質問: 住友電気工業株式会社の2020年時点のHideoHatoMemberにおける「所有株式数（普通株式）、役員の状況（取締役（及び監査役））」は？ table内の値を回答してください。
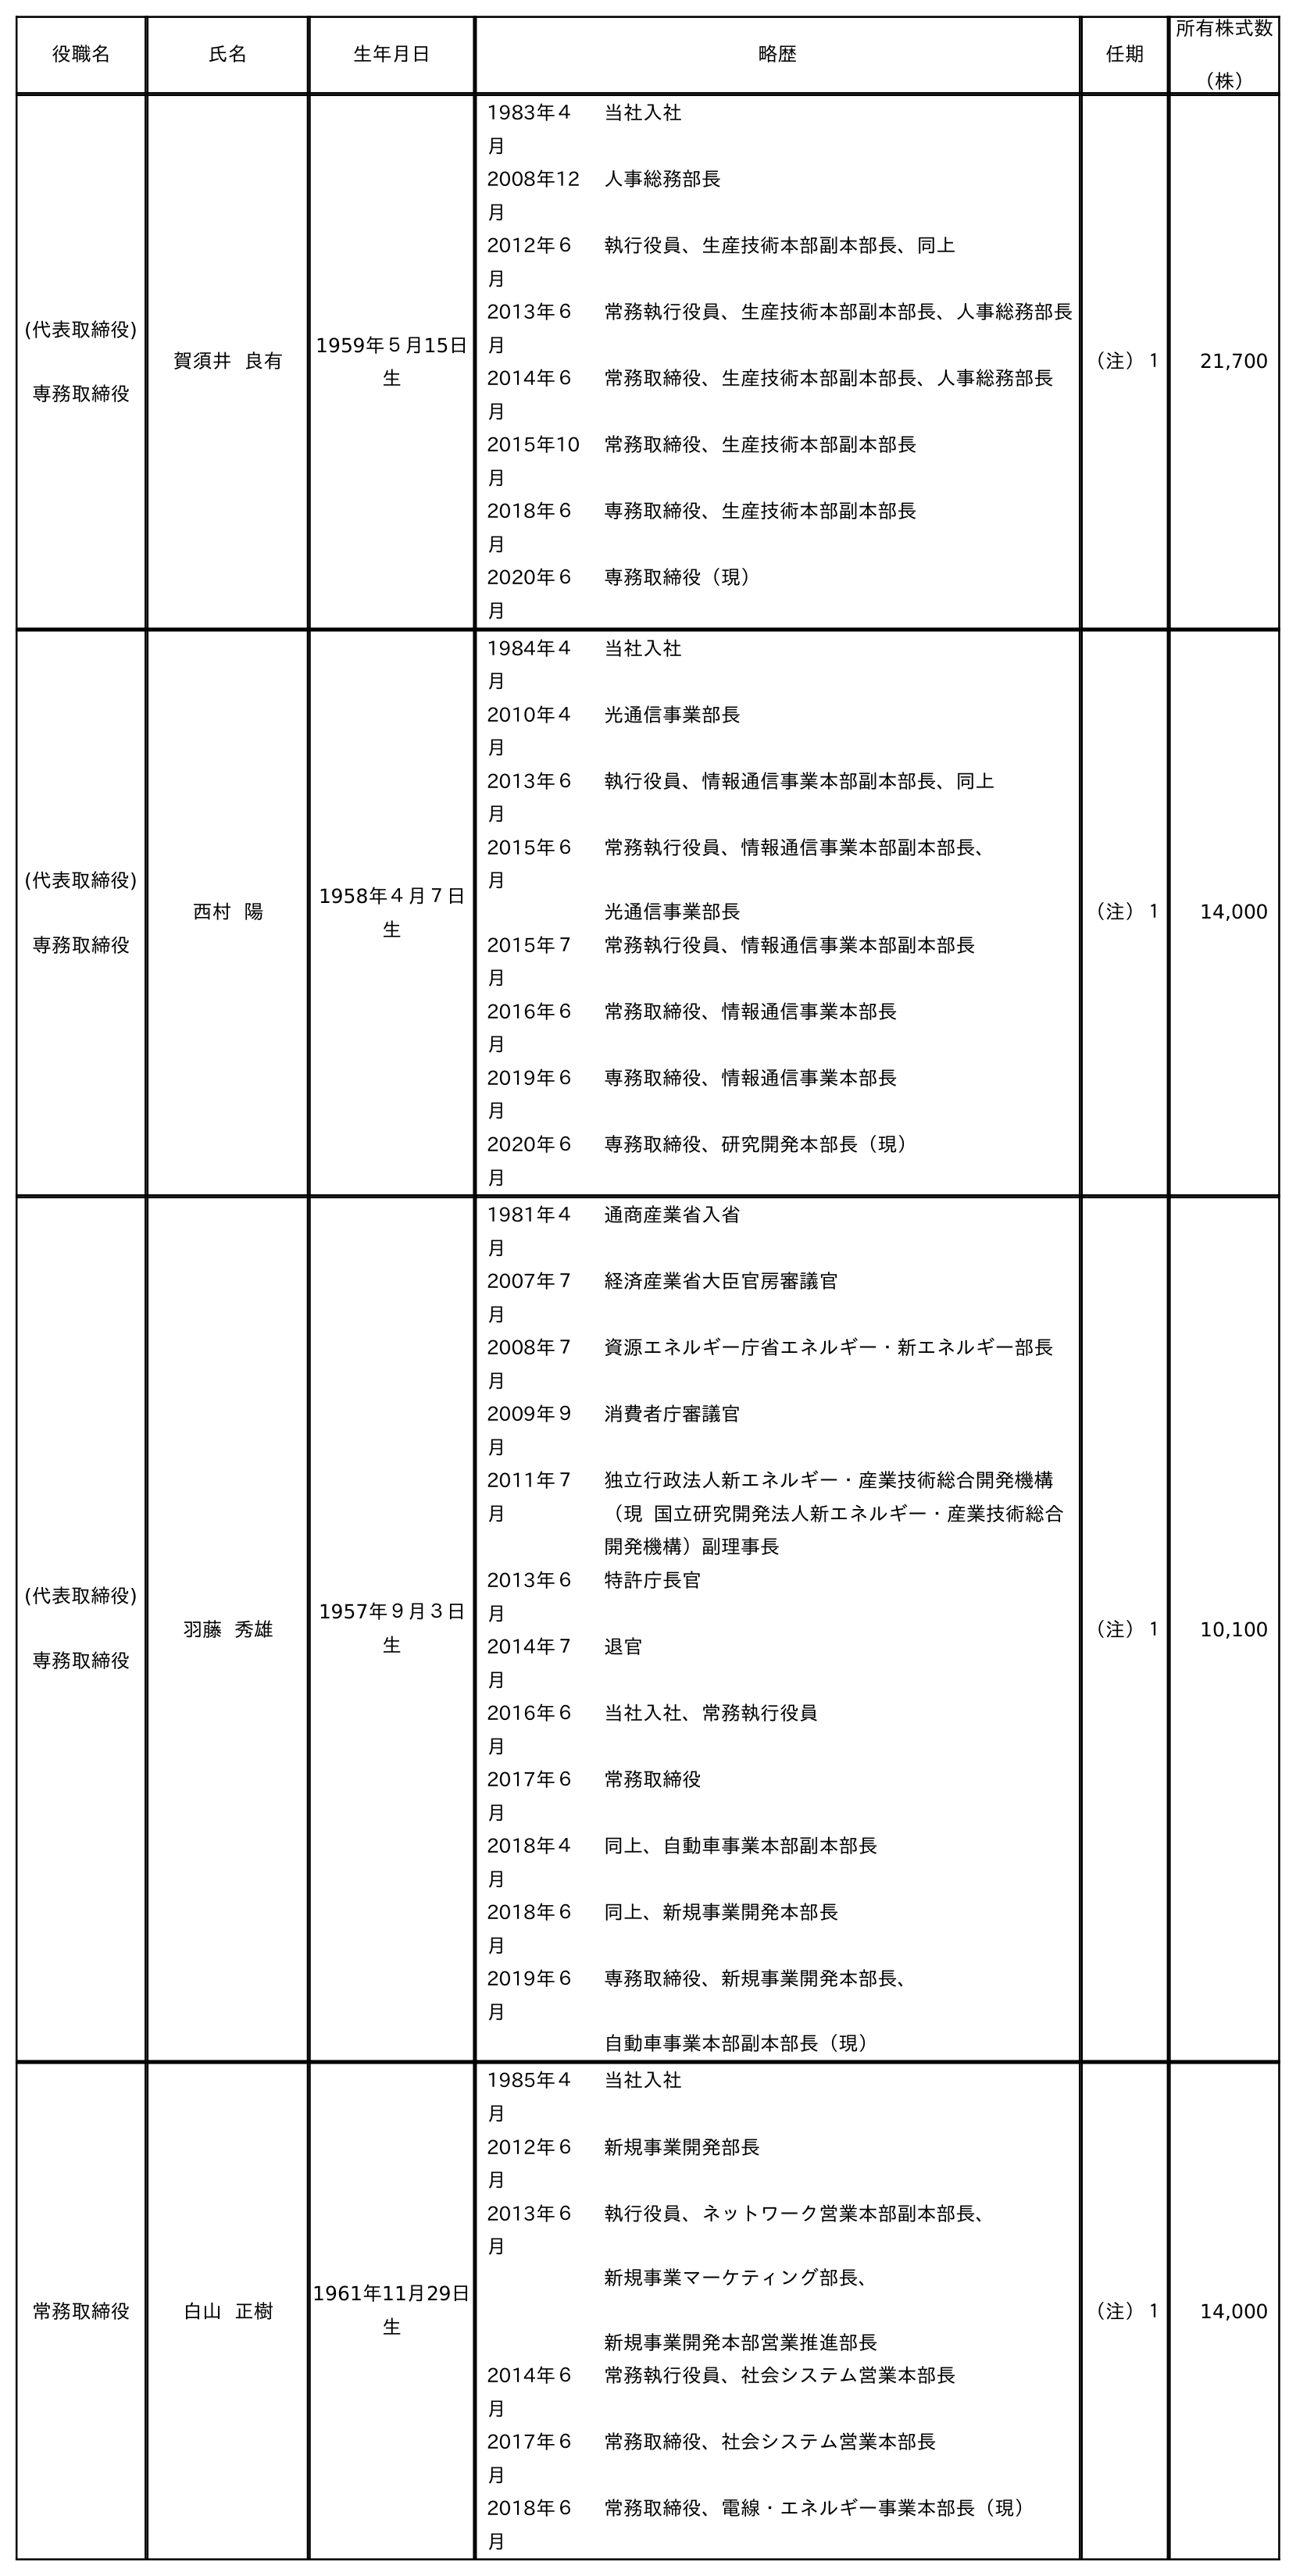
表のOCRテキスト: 役職名 氏名 生年月日 略歴 任期 所有株式数 （株） (代表取締役) 専務取締役 賀須井 良有 1959年５月15日 生 1983年４ 月 当社入社 2008年12 月 人事総務部長 2012年６ 月 執行役員、生産技術本部副本部長、同上 2013年６ 月 常務執行役員、生産技術本部副本部長、人事総務部長 2014年６ 月 常務取締役、生産技術本部副本部長、人事総務部長 2015年10 月 常務取締役、生産技術本部副本部長 2018年６ 月 専務取締役、生産技術本部副本部長 2020年６ 月 専務取締役（現） （注）１ 21,700 (代表取締役) 専務取締役 西村 陽 1958年４月７日 生 1984年４ 月 当社入社 2010年４ 月 光通信事業部長 2013年６ 月 執行役員、情報通信事業本部副本部長、同上 2015年６ 月 常務執行役員、情報通信事業本部副本部長、 光通信事業部長 2015年７ 月 常務執行役員、情報通信事業本部副本部長 2016年６ 月 常務取締役、情報通信事業本部長 2019年６ 月 専務取締役、情報通信事業本部長 2020年６ 月 専務取締役、研究開発本部長（現） （注）１ 14,000 (代表取締役) 専務取締役 羽藤 秀雄 1957年９月３日 生 1981年４ 月 通商産業省入省 2007年７ 月 経済産業省大臣官房審議官 2008年７ 月 資源エネルギー庁省エネルギー・新エネルギー部長 2009年９ 月 消費者庁審議官 2011年７ 月 独立行政法人新エネルギー・産業技術総合開発機構 （現 国立研究開発法人新エネルギー・産業技術総合 開発機構）副理事長 2013年６ 月 特許庁長官 2014年７ 月 退官 2016年６ 月 当社入社、常務執行役員 2017年６ 月 常務取締役 2018年４ 月 同上、自動車事業本部副本部長 2018年６ 月 同上、新規事業開発本部長 2019年６ 月 専務取締役、新規事業開発本部長、 自動車事業本部副本部長（現） （注）１ 10,100 常務取締役 白山 正樹 1961年11月29日 生 1985年４ 月 当社入社 2012年６ 月 新規事業開発部長 2013年６ 月 執行役員、ネットワーク営業本部副本部長、 新規事業マーケティング部長、 新規事業開発本部営業推進部長 2014年６ 月 常務執行役員、社会システム営業本部長 2017年６ 月 常務取締役、社会システム営業本部長 2018年６ 月 常務取締役、電線・エネルギー事業本部長（現） （注）１ 14,000
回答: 10,100